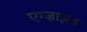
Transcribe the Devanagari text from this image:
एग्ज़ाइल्ड